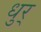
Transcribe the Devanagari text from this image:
धुर्